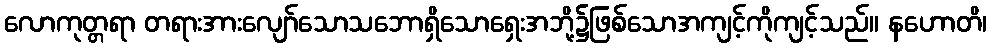
လောကုတ္တရာ တရားအားလျော်သောသဘောရှိသောရှေးအဘို့၌ဖြစ်သောအကျင့်ကိုကျင့်သည်။ နဟောတိ၊